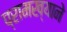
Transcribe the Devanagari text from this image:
प्रामख्याने